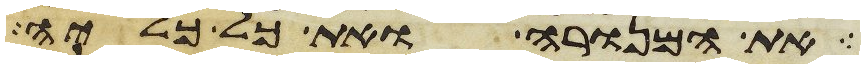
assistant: את המנורה ואת כל כליה